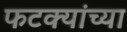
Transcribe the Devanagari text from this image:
फटक्यांच्या